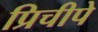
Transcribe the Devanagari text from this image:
प्रिचीपे